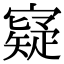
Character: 寲